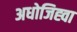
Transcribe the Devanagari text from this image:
अधोजिह्वा